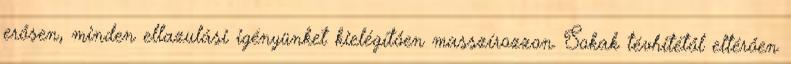
erősen, minden ellazulási igényünket kielégítően masszírozzon. Sokak tévhitétől eltérően